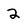
Character: 2